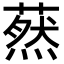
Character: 䔳